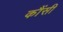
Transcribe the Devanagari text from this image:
कौंसी